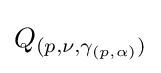
Q_{(p,\nu ,\gamma _{(p,\alpha )})}